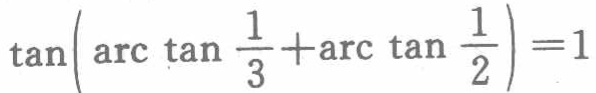
\(\tan\left(\arctan\frac{1}{3}+\arctan\frac{1}{2}\right)=1\)